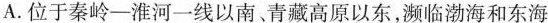
A.位于秦岭—淮河—线以南、青藏高原以东，濒临渤海和东海